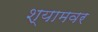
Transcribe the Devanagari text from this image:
श्यामवर